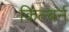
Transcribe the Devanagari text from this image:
किल्बर्न